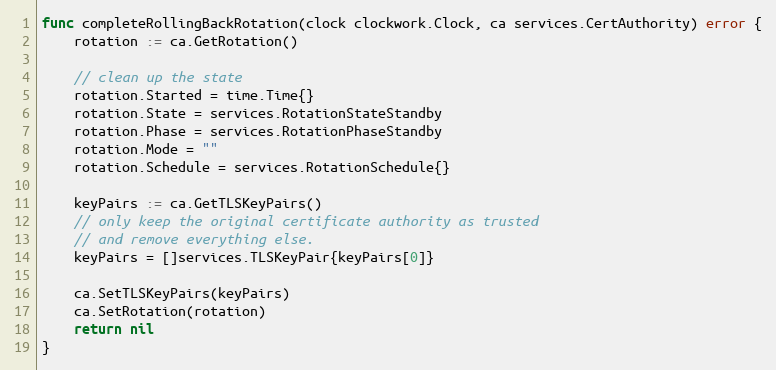
Language: Go
func completeRollingBackRotation(clock clockwork.Clock, ca services.CertAuthority) error {
	rotation := ca.GetRotation()

	// clean up the state
	rotation.Started = time.Time{}
	rotation.State = services.RotationStateStandby
	rotation.Phase = services.RotationPhaseStandby
	rotation.Mode = ""
	rotation.Schedule = services.RotationSchedule{}

	keyPairs := ca.GetTLSKeyPairs()
	// only keep the original certificate authority as trusted
	// and remove everything else.
	keyPairs = []services.TLSKeyPair{keyPairs[0]}

	ca.SetTLSKeyPairs(keyPairs)
	ca.SetRotation(rotation)
	return nil
}